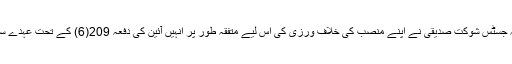
کونسل نے اپنے فیصلے میں کہا کہ جسٹس شوکت صدیقی نے اپنے منصب کی خلاف ورزی کی اس لیے متفقہ طور پر انہیں آئین کی دفعہ 209(6) کے تحت عہدے سے ہٹانے کی سفارش کی جاتی ہے۔